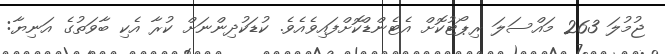
ޖުމުލަ 263 މައްސަލަ ރިޕޯޓުކޮށް އެޓެންޑްކޮށްފައިވެއެވެ. ކުޑަކުދިންނަށް ކުރާ އެކި ބާވަތުގެ އަނިޔާ: